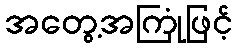
အတွေ့အကြုံဖြင့်